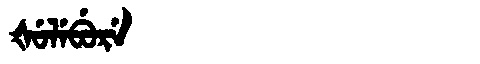
Manchu: ᡧᡠᠯᡝᠪᡠᡵᡝ
Romanization: ŠULEBURE